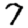
Digit: 7